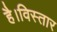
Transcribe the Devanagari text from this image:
है।विस्तार